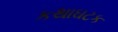
કથાઘટક